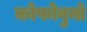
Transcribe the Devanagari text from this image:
कोफोवुनो